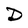
Character: D